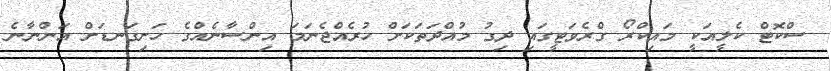
ސްކޮޓް ކެލީއަކީ މައިކްރޯ ގްރެވަޓީގައި ދިގު މުއްދަތަކަށް ހުރެއްޖެނަމަ އިންސާނެއްގެ ހަށިގަނޑަށް އަންނާނެ